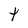
Character: t